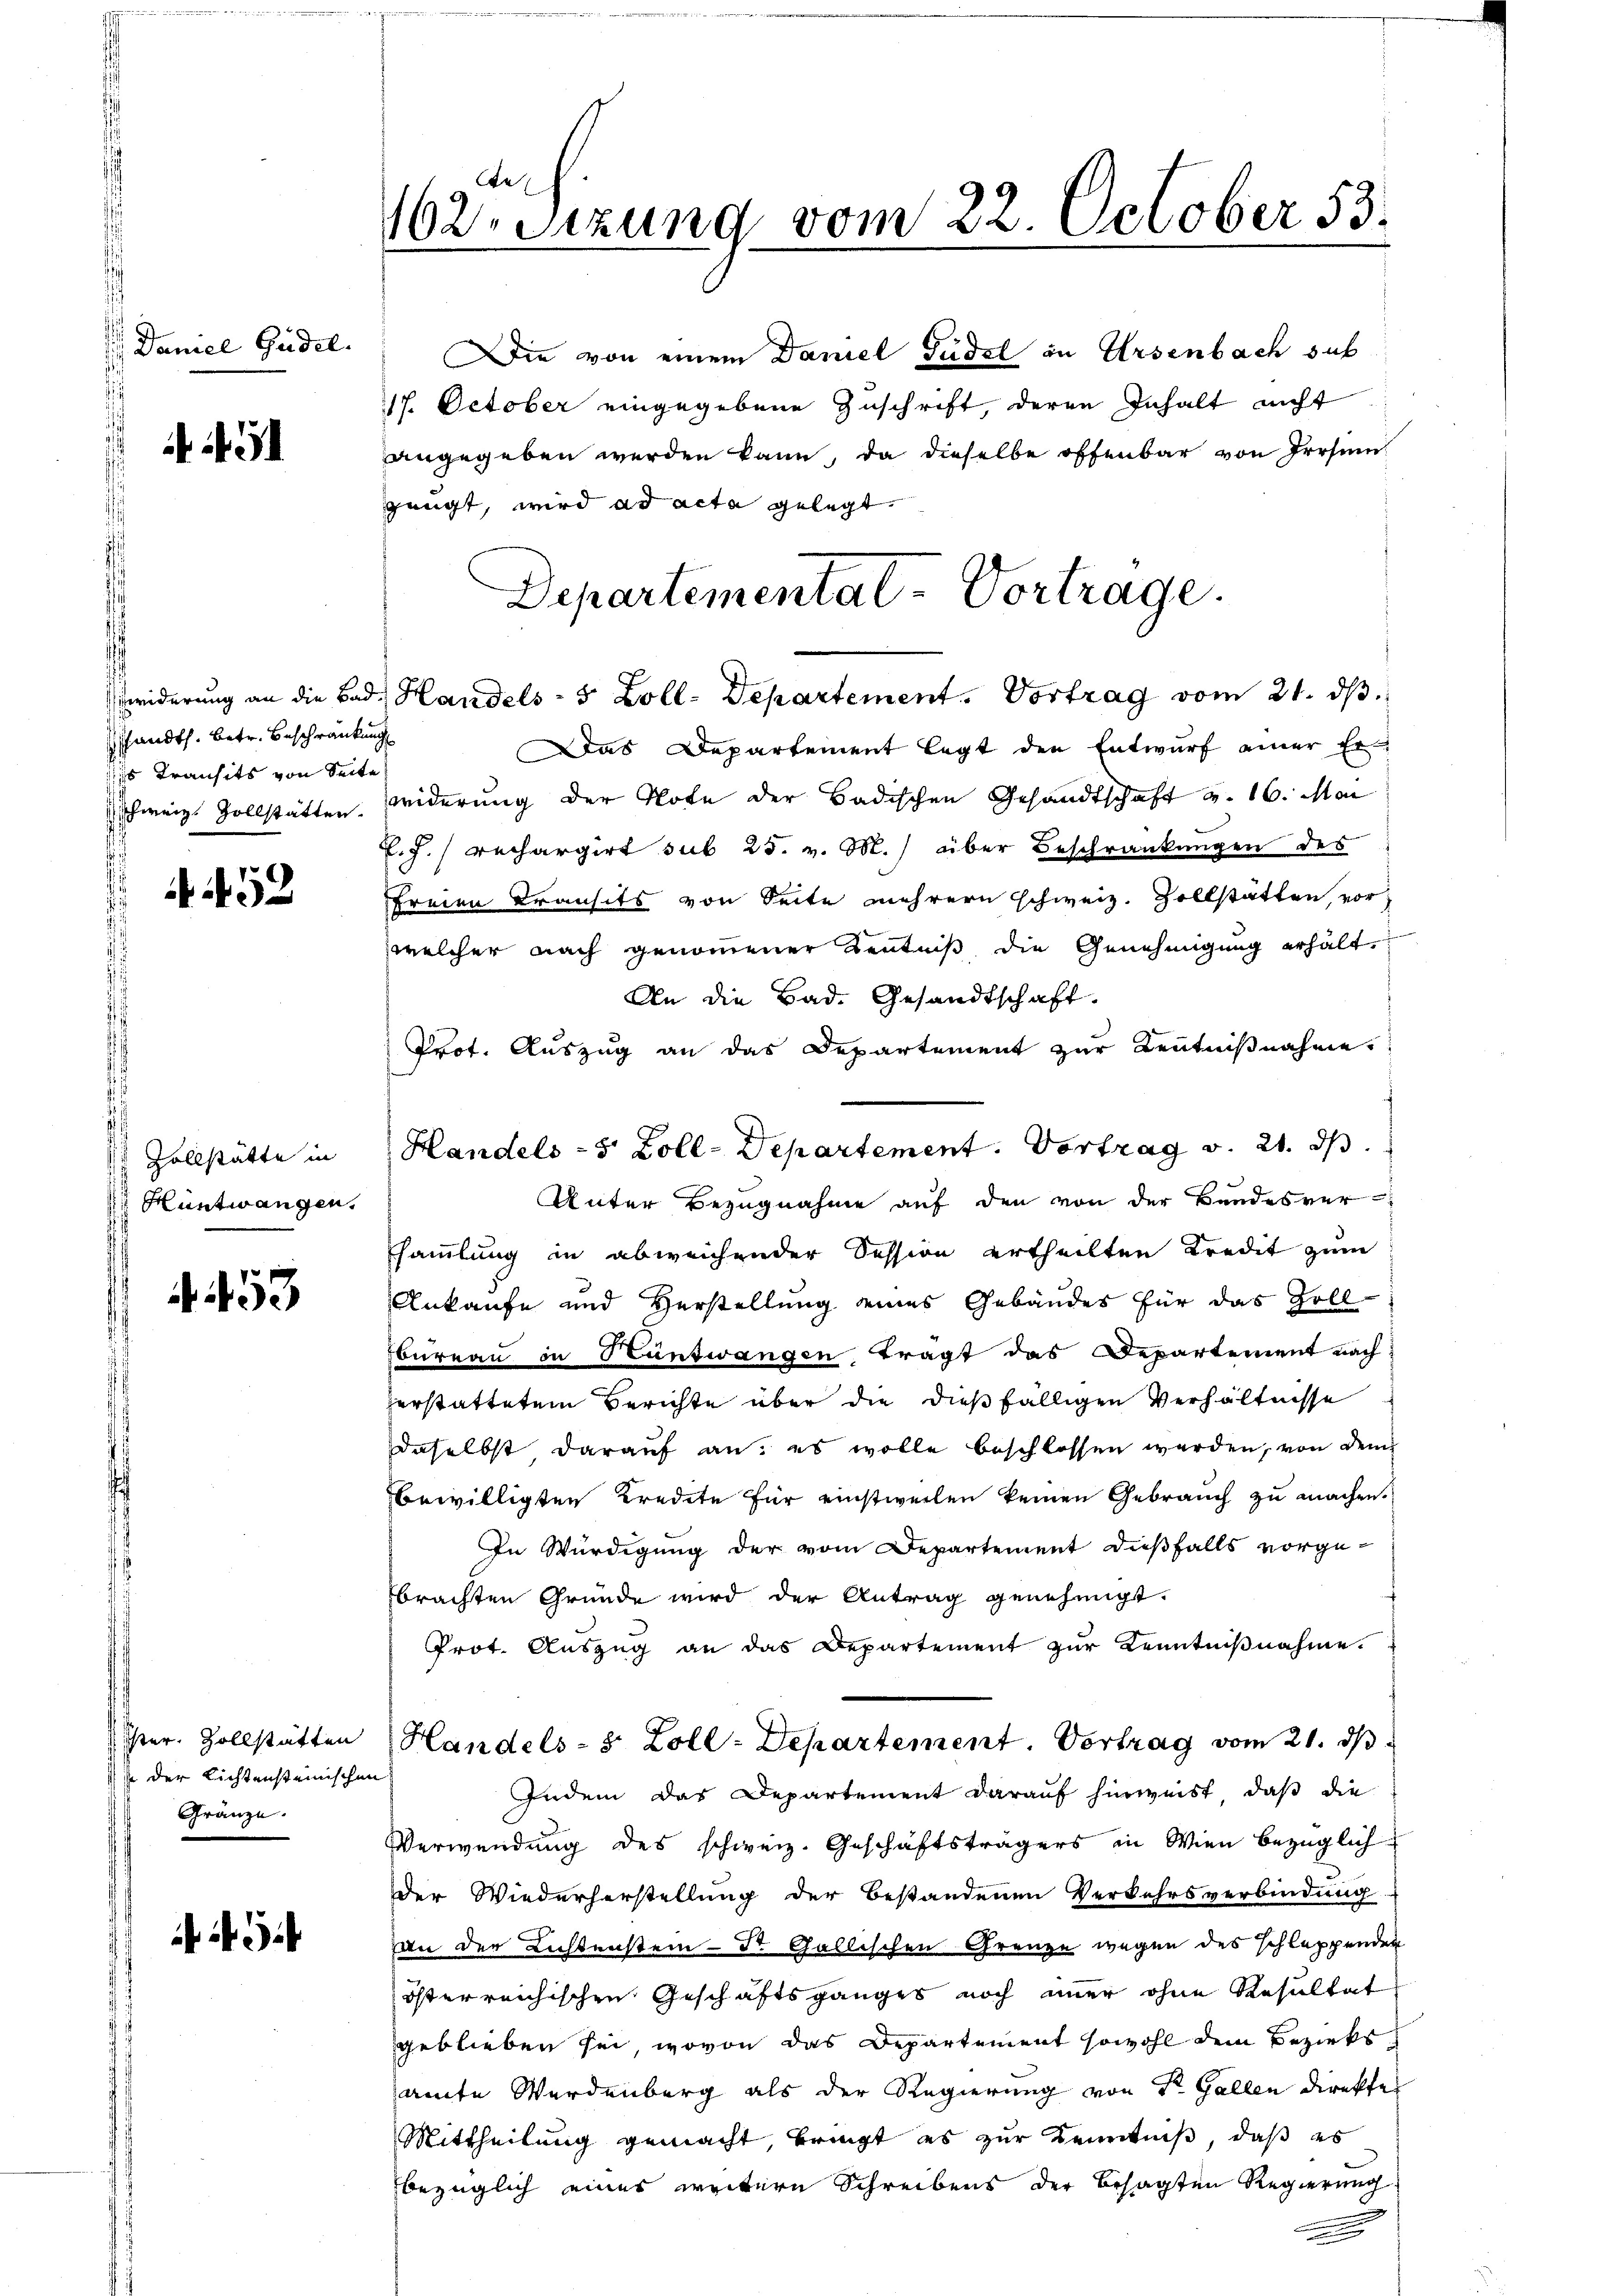
Daniel Gudel.

shandts. betr. Beschränkung
s Transits von Seite

52

Zollstätte in
 Hüntwangen.

A 53

em Fensteilten
 der Lichtensteinischen
Gränze.

162 Sizung vom 22. October 53.

Die von einem Daniel Fudel in Ursenbach sub
17. October eingegebene Zuschrift, deren Inhalt nicht
angegeben werden kann, da dieselbe offenbar von Irrsin
zeugt, wird ad acta gelegt.
Departementat-Vortrage.

widerung an die Bad Handels- & Zoll-Departement. Vortrag vom 21. ds.

Das Departement legt den Entwurf einer Er¬
Schweiz. Zollstätten. Widerung der Note der Badischen Gesandtschaft v. 16. Mai
P. F. / rechargirt sub 25. v. M. über Beschränkungen des
freien Transits von Seite mehrern schweiz. Zollstätten, vor,
welcher nach genommener Kentniß, die Genehmigung erhält
An die Bad. Gesandtschaft.
Prot. Auszug an das Departement zur Kenntnißnahme.
Unter Bezugnahme auf den von der Bundesver-
Esammlung in abweichender Session ertheilten Kredit zum
Ankaufe und Verstellung eines Gebäudes für das Zoll-
bureau in Hüntwangen tragt das Departement nach
zerstatteten Berichte über die dießfälligen Verhältnisse
daselbst darauf an: es wolle beschlossen werden, von dem
bewilligten Kredite für einstweilen keinen Gebrauch zu machen.
In Würdigung der vom Departement dießfalls vorgebrachten Gründe wird der Antrag genehmigt.
Prot. Auszug an das Departement zur Kenntnißnahme.
Handels- & Zoll-Departement. Vortrag vom 21. dβ.
Indem das Departement darauf hinweist, daß die
Verwendung des schweiz. Geschäftsträgers in Wien bezüglich
der Wiederherstellung der bestandenen Verkehrsverbindung
von der Lichtenstein - Dr. Gallischen Grenze wegen des schleppenden
österreichischen Geschäftsganges noch immer ohne Resultat
geblieben sei, wovon das Departement sowohl dem Bezirksamte Werdenberg als der Regierung von Dr. Gallen direktes
Mittheilung gemacht, bringt es zur Kenntniß, daß es
bezüglich eines weitere Schreibens der besagten Regierung
e

Handels- 5 Zoll-Departement. Vortrag v. 21. d